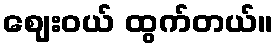
ဈေးဝယ် ထွက်တယ်။